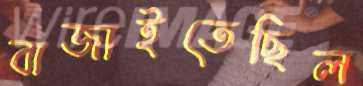
বাজাইতেছিল